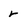
Character: r